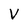
Character: V